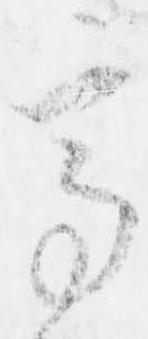
高